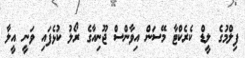
ފިލްމުގެ ލީޑް ކެރެކްޓާ މޭސަން އިވާންސް ޖޫނިއާގެ ރޯލު ކުޅެފައި ވަނީ އީލާ